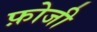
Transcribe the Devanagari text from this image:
फ़ोजी